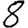
Digit: 8